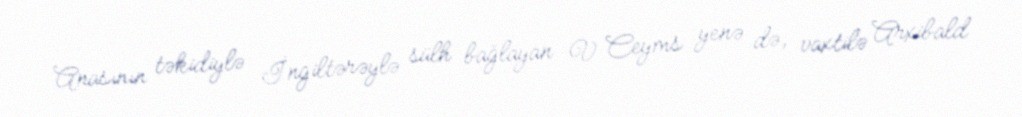
Anasının təkidiylə İngiltərəylə sülh bağlayan V Ceyms yenə də, vaxtilə Arxibald